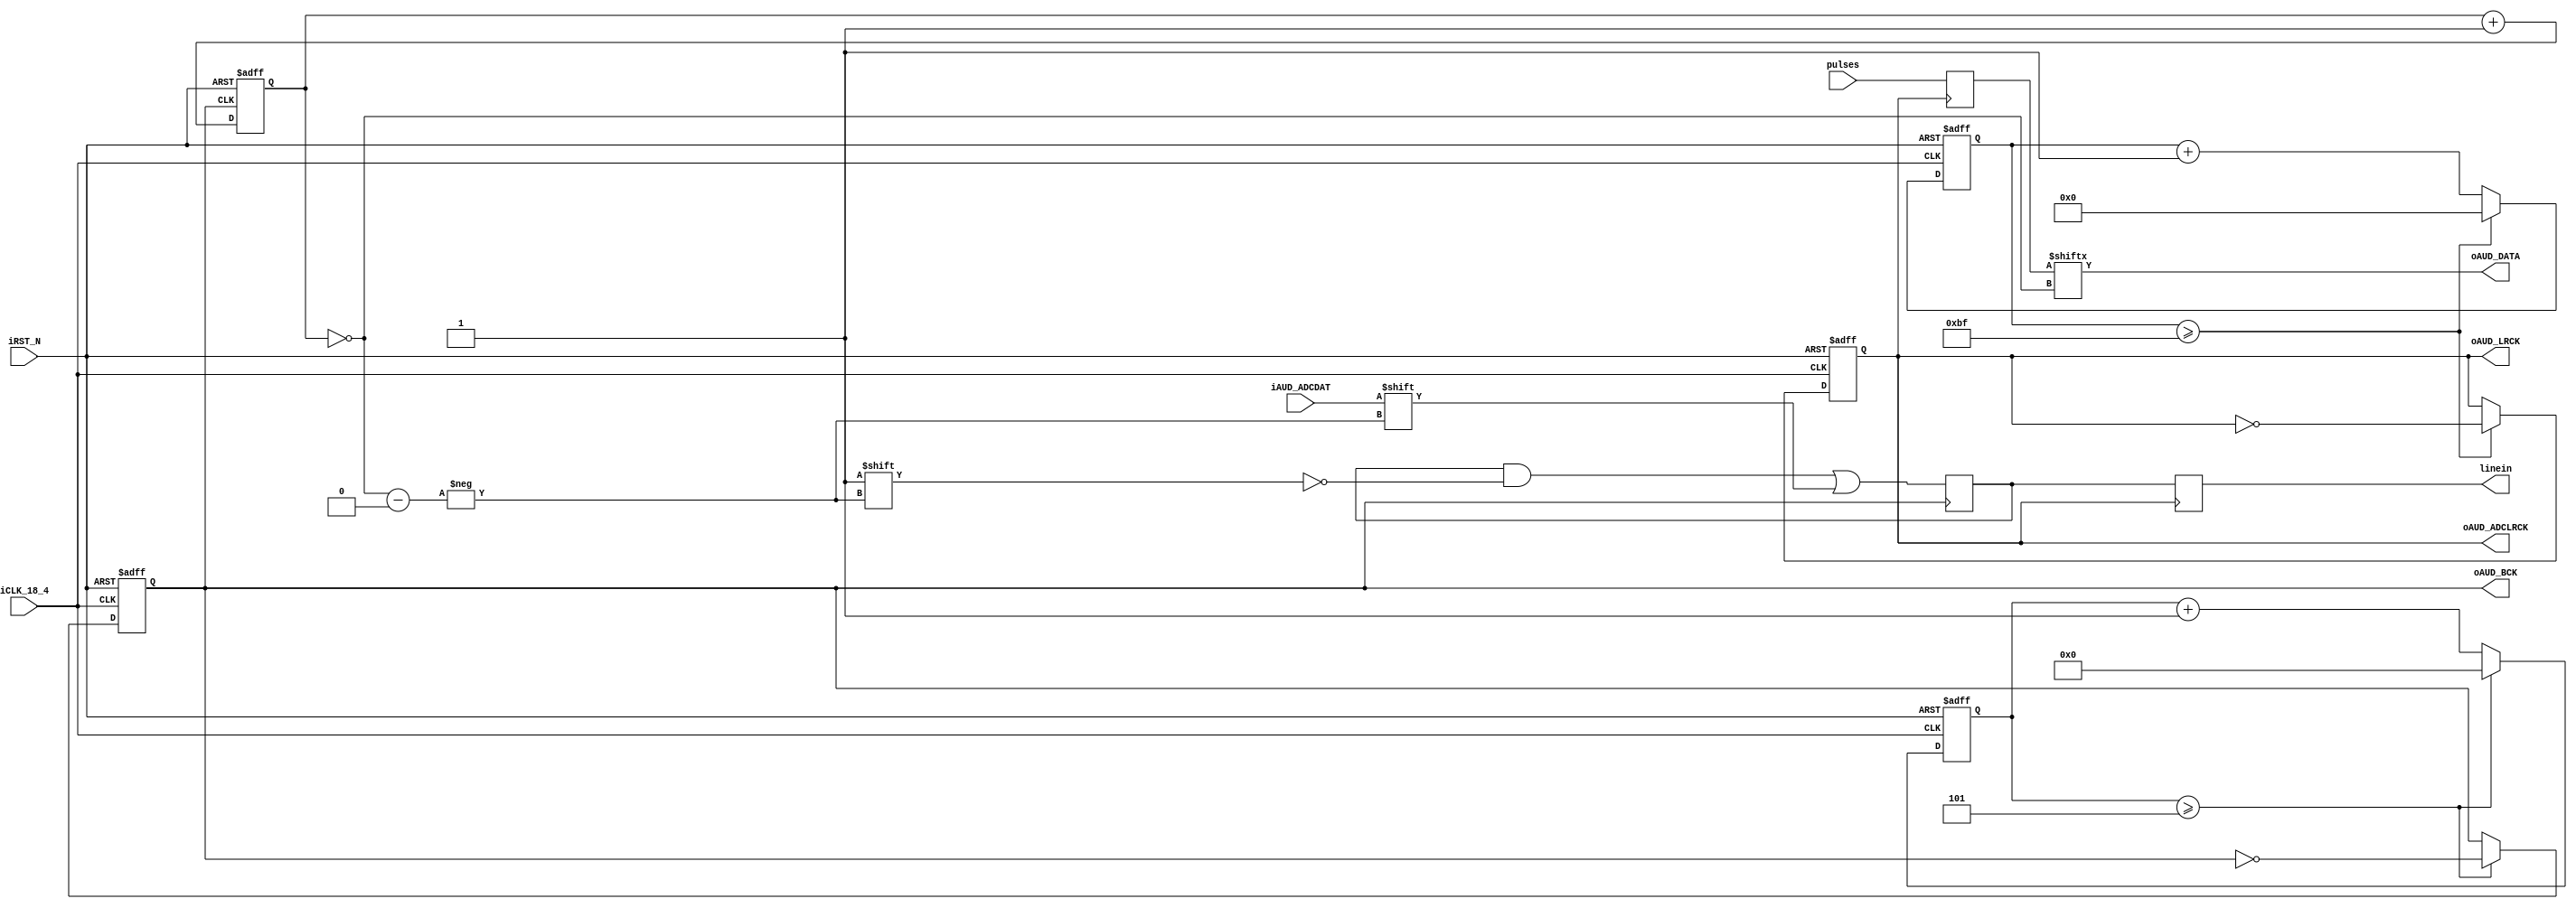
module audio_io(oAUD_BCK,
				oAUD_DATA,
				oAUD_LRCK,
				iAUD_ADCDAT,
				oAUD_ADCLRCK,
				iCLK_18_4,
				iRST_N,
				pulses,
				linein);				

parameter	REF_CLK			=	18432000;	//	18.432	MHz
parameter	SAMPLE_RATE		=	48000;		//	48		KHz
parameter	DATA_WIDTH		=	16;			//	16		Bits
parameter	CHANNEL_NUM		=	2;			//	Dual Channel

//	Audio Side
output			oAUD_DATA;
output			oAUD_LRCK;
output	reg		oAUD_BCK;
input			iAUD_ADCDAT;
output			oAUD_ADCLRCK;
//	Control Signals
input			iCLK_18_4;
input			iRST_N;
input	[15:0]	pulses;
output	[15:0]	linein;

//	Internal Registers and Wires
reg		[3:0]	BCK_DIV;
reg		[8:0]	LRCK_1X_DIV;
reg		[3:0]	SEL_Cont;

reg				LRCK_1X;

////////////	AUD_BCK Generator	//////////////
always@(posedge iCLK_18_4 or negedge iRST_N)
begin
	if(!iRST_N)	begin
		BCK_DIV		<=	0;
		oAUD_BCK	<=	0;
	end
	else begin
		if(BCK_DIV >= REF_CLK/(SAMPLE_RATE*DATA_WIDTH*CHANNEL_NUM*2)-1 )
		begin
			BCK_DIV		<=	0;
			oAUD_BCK	<=	~oAUD_BCK;
		end
		else
			BCK_DIV		<=	BCK_DIV + 1'd1;
	end
end
//////////////////////////////////////////////////
////////////	AUD_LRCK Generator	//////////////
always@(posedge iCLK_18_4 or negedge iRST_N)
begin
	if(!iRST_N)	begin
		LRCK_1X_DIV	<=	0;
		LRCK_1X		<=	0;
	end
	else begin
		//	LRCK 1X
		if(LRCK_1X_DIV >= REF_CLK/(SAMPLE_RATE*2)-1 ) begin
			LRCK_1X_DIV	<=	0;
			LRCK_1X	<=	~LRCK_1X;
		end	else
			LRCK_1X_DIV		<=	LRCK_1X_DIV+1'd1;
	end
end

assign	oAUD_LRCK	=	LRCK_1X;
assign 	oAUD_ADCLRCK=	oAUD_LRCK;

//////////////////////////////////////////////////
//////////	16 Bits PISO MSB First	//////////////
always@(negedge oAUD_BCK or negedge iRST_N)
begin
	if(!iRST_N)
		SEL_Cont	<=	0;
	else
		SEL_Cont	<=	SEL_Cont+1'd1;
end


reg [15:0] pulsebuf;
always @(negedge LRCK_1X) begin
	pulsebuf <= pulses;
end

assign	oAUD_DATA	=	pulsebuf[~SEL_Cont];

assign linein = inputsample;
reg [15:0] inputsample;
reg [15:0] inputbuf;
always @(negedge oAUD_BCK) begin
	inputbuf[~SEL_Cont] <= iAUD_ADCDAT;
end

always @(negedge LRCK_1X) begin
	inputsample <= inputbuf;
end

endmodule